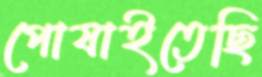
পোষাইতেছি